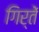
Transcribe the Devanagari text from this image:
गिर्तें